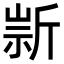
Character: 𣂫